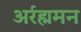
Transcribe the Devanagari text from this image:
अर्रह्ममन